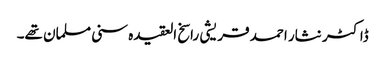
ڈاکٹر نثار احمد قریشی راسخ العقیدہ سنی مسلمان تھے۔